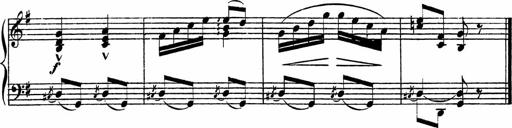
Title: Piano Sonatinas
Composer: Charles Fradel